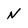
Character: N